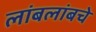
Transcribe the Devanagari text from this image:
लांबलांबचे